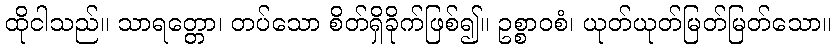
ထိုငါသည်။ သာရတ္တော၊ တပ်သော စိတ်ရှိခိုက်ဖြစ်၍။ ဥစ္စာဝစံ၊ ယုတ်ယုတ်မြတ်မြတ်သော။